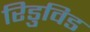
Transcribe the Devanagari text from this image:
रिडुविड